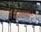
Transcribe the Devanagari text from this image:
सोलिस्टर